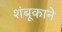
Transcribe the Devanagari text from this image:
शंबूकाने